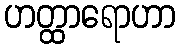
ဟတ္ထာရောဟာ